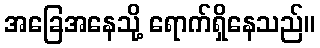
အခြေအနေသို့ ရောက်ရှိနေသည်။